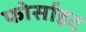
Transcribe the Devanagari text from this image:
फोर्साइट